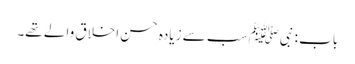
باب : نبیﷺ سب سے زیادہ حسن اخلاق والے تھے۔